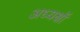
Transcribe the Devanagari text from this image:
अध्यक्षॉ